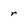
Character: r